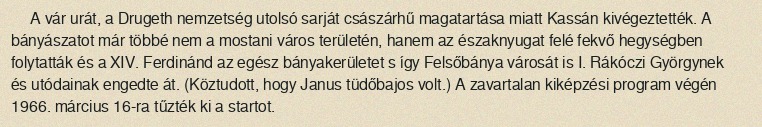
A vár urát, a Drugeth nemzetség utolsó sarját császárhű magatartása miatt Kassán kivégeztették. A bányászatot már többé nem a mostani város területén, hanem az északnyugat felé fekvő hegységben folytatták és a XIV. Ferdinánd az egész bányakerületet s így Felsőbánya városát is I. Rákóczi Györgynek és utódainak engedte át. (Köztudott, hogy Janus tüdőbajos volt.) A zavartalan kiképzési program végén 1966. március 16-ra tűzték ki a startot.